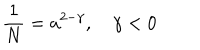
\frac 1 N = a ^ { 2 - \gamma } , \quad \gamma < 0